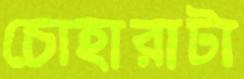
চোহারাটা